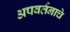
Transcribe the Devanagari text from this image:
अपवर्तनाचे